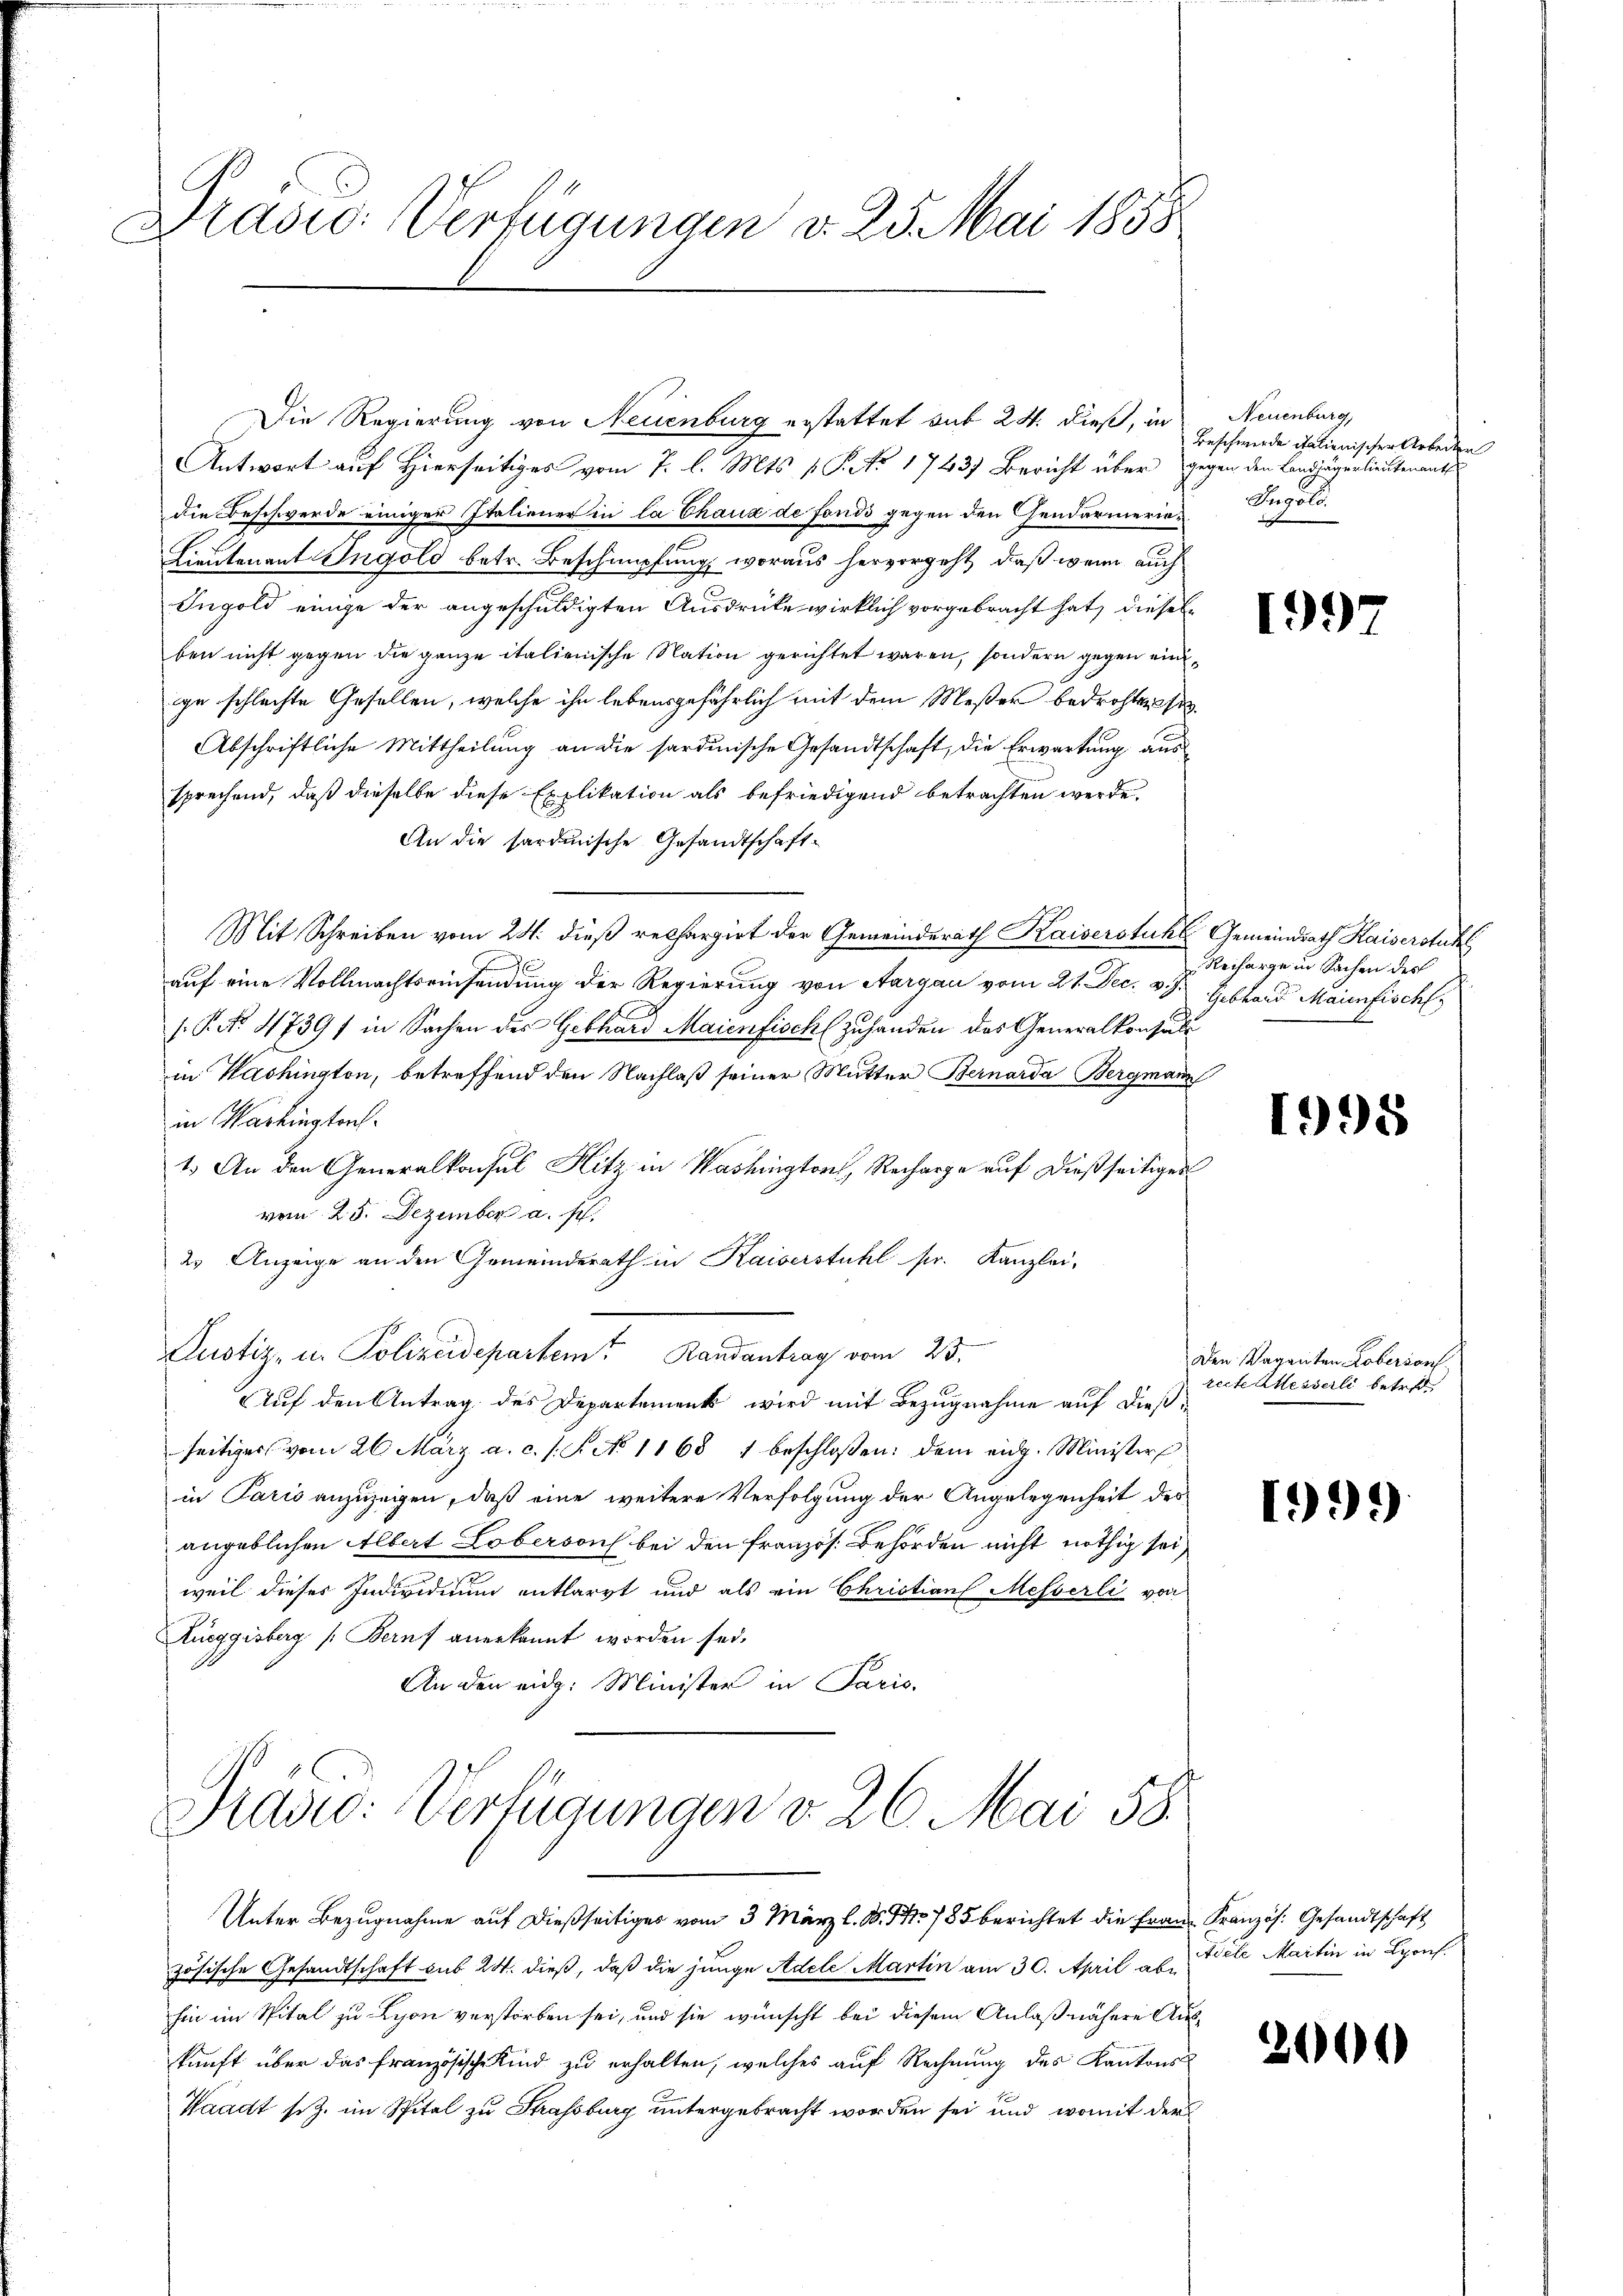
Brasio: Verfügungen v. 25. Mai 1858

Antwort auf Hierseitiges vom 7. l. Mts. v. P. No 1743) Bericht über gegen den Landjägerlieutenant
die Beschwerde einiger Italiener in la Chaux de fonds gegen den Gendarmerier
Lieutenant Ingold betr. Beschipfung, woraus hervorgeht, daß wenn auch
Ingold einige der angeschuldigten Ausdrücke wirklich vorgebracht hat, dieselben nicht gegen die ganze italienische Nation gerichtet waren, sondern gegen einge schlechte Gesellen, welche ihn lebensgefährlich mit dem Meßer bedrohte si
Abschriftliche Mittheilung an die sardinische Gesandtschaft, die Erwartung aussprechend, daß dieselbe diese Explikation als befriedigend betrachten werde.
An die sardinische Gesandtschaft-
Mit Schreiben vom 24. dieß rechargirt der Gemeinderath Kaiserstuhl Gemeindrath Kaiserstuhl
auf eine Vollmachtseinsendung der Regierung von Aargau vom 21. Dec. v. J.
/. P. No. 4739) in Sachen des Gebhard Maienfisch (zuhanden des Generalkonsuli
in Washington, betreffend den Nachlaß seiner Mutter Bernarda Bergmann
in Vorkingten.
1.) An den Generalkonsul Hitz in Washington, Recharge auf dießseitiges
vom 25. Dezember a. s.
es Anzeige an den Gemeinderath in Kaiserstuhl sr. Kanzlei-
Pustiz- u. Polizeidepartem Randantrag vom 23.
AAuf den Antrag des Departement wird mit Bezugnahme auf dießseitiges vom 26. März a. c. s. S. No 1168 1 beschlossen: dem eidg. Minister
in Paris anzuzeigen, daß eine weitere Verfolgung der Angelegenheit des
angeblichen Albert Loberson bei den französ. Behörden nicht nöthig sei,
weil dieses Individuum entlarzt und als ein Christian Messerli von
Rüeggisberg (Beruf anerkannt worden sei.
An den eidg. Minister in Paris.

Die Regierung von Neuenburg erstattet sub 24. dieß, in

Pras: Verfügungen v. 26. Mai 58.

Unter Bezugnahme auf dießseitiges vom 3 März l. M. S. 785 berichtet die Frau Kranzös. Gesandtschaft

Neuenburg,
Beschwerde italienischer Arbeiten
Ingold.

zösische Gesandtschaft sub 24. dieß, daß die junge Adele Martin am 30. April abhin im Spital zu Lyon verstorben sei, und sie wünscht bei diesem Anlaß nähere Auskunft über das französische Kind zu erhalten, welches auf Rechnung des Kantons
Waadt s.Z. im Spital zu Strassburg untergebracht worden sei und womit der

199

Reiharge in Sachen des
Gebhard Maienfisch

1998

Den Vaganten Loberson
recte Messerli betret

199

tiele Martin in Lyon

2000